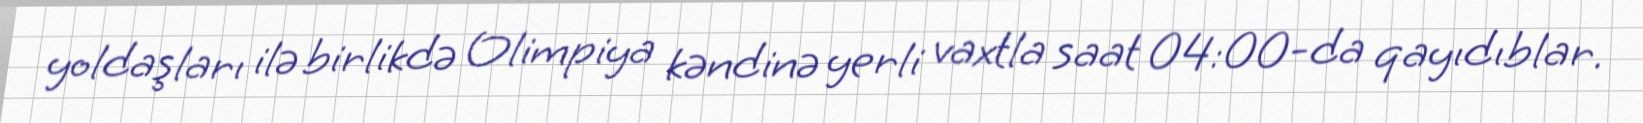
yoldaşları ilə birlikdə Olimpiya kəndinə yerli vaxtla saat 04:00-da qayıdıblar.